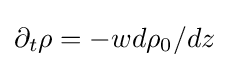
\partial _{t}\rho =-wd\rho _{0}/dz